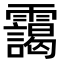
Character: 靄